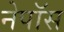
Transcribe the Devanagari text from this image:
नेपॉस